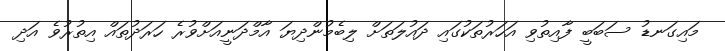
މައިގަނޑު ސަބަބީ ފާއިތުވި އަހަރުތަކުގައި ދައުލަތަށް ލިބެމުންދިޔަ އާމްދަނީއަށްވުރެ ހަރަދުތައް އިތުރުވެ އަދި